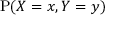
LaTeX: \operatorname { P } ( X = x , Y = y )